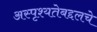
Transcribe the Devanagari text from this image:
अस्पृश्यतेबद्दलचे